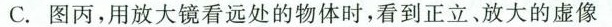
C.图丙，用放大镜看远处的物体时，看到正立、放大的虚像